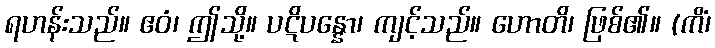
ရဟန်းသည်။ ဧဝံ၊ ဤသို့။ ပဋိပန္နော၊ ကျင့်သည်။ ဟောတိ၊ ဖြစ်၏။ (ကိံ၊